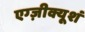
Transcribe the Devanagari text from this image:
एग्ज़ीक्यूशं